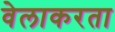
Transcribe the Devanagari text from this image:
वेलाकरता